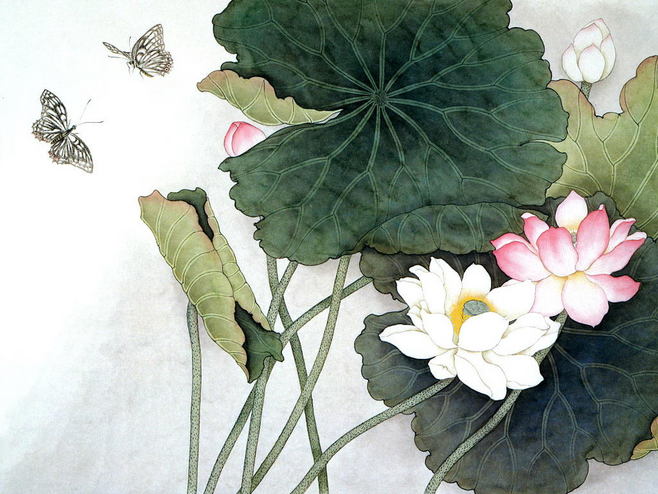
采莲南塘秋，莲花过人头。